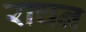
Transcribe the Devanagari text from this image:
राचन